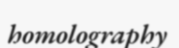
homolography